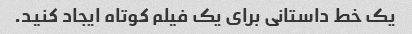
یک خط داستانی برای یک فیلم کوتاه ایجاد کنید.